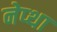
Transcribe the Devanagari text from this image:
नेप्था